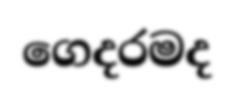
ගෙදරමද